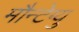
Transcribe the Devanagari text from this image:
मौन्टेग्यु